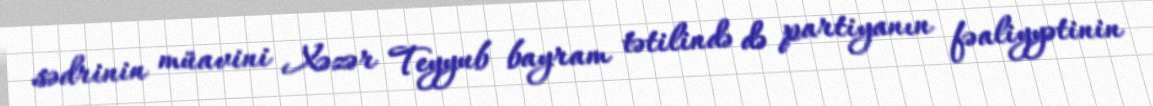
sədrinin müavini Xəzər Teyyub bayram tətilində də partiyanın fəaliyyətinin